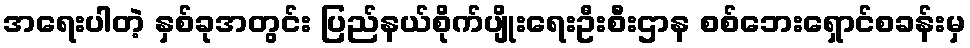
အရေးပါတဲ့ နှစ်ခုအတွင်း ပြည်နယ်စိုက်ပျိုးရေးဦးစီးဌာန စစ်ဘေးရှောင်စခန်းမှ